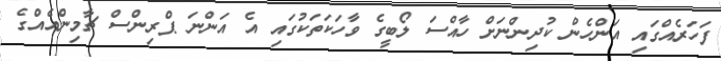
ފަހަރެއްގައި އަންހެން ކުދިންނަށް ހާއްސަ ލޯބީގެ ވާހަކަތަކުގައި އެ އަންނަ ޕްރިންސް ޗާމިންއެއްގެ